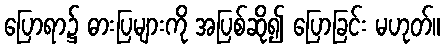
ပြောရာ၌ ဓားပြများကို အပြစ်ဆို၍ ပြောခြင်း မဟုတ်။